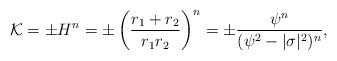
LaTeX: \begin{align*}{\cal K}=\pm H^n=\pm\left(\frac{r_1+r_2}{r_1r_2}\right)^n=\pm\frac{\psi^n}{(\psi^2-|\sigma|^2)^n},\end{align*}